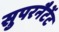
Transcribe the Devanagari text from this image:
सुपरनैटेंट